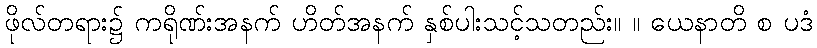
ဖိုလ်တရား၌ ကရိုဏ်းအနက် ဟိတ်အနက် နှစ်ပါးသင့်သတည်း။ ။ ယေနာတိ စ ပဒံ